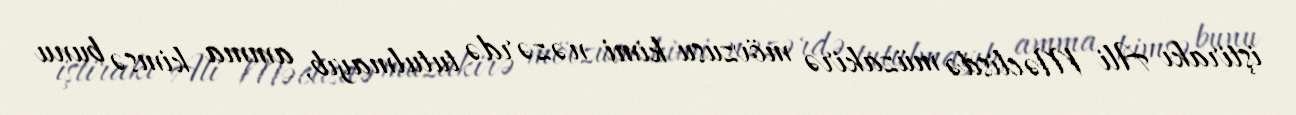
iştirakı Ali Məclisdə müzakirə mövzusu kimi nəzərdə tutulmayıb, amma kimsə bunu